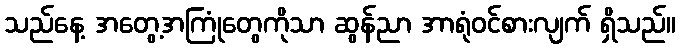
သည်နေ့ အတွေ့အကြုံတွေကိုသာ ဆွန်ညာ အာရုံဝင်စားလျက် ရှိသည်။